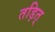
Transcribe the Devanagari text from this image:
तड़ित्‌